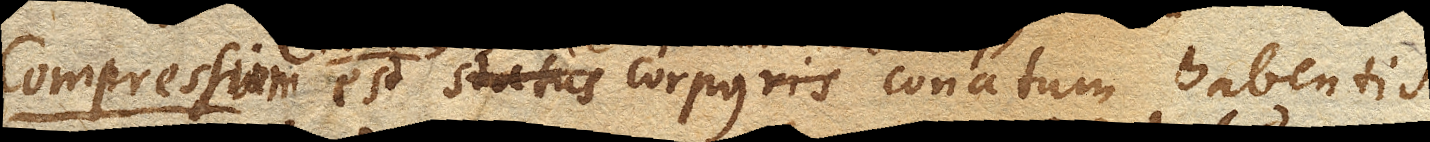
Compressum est corpus conatum habens